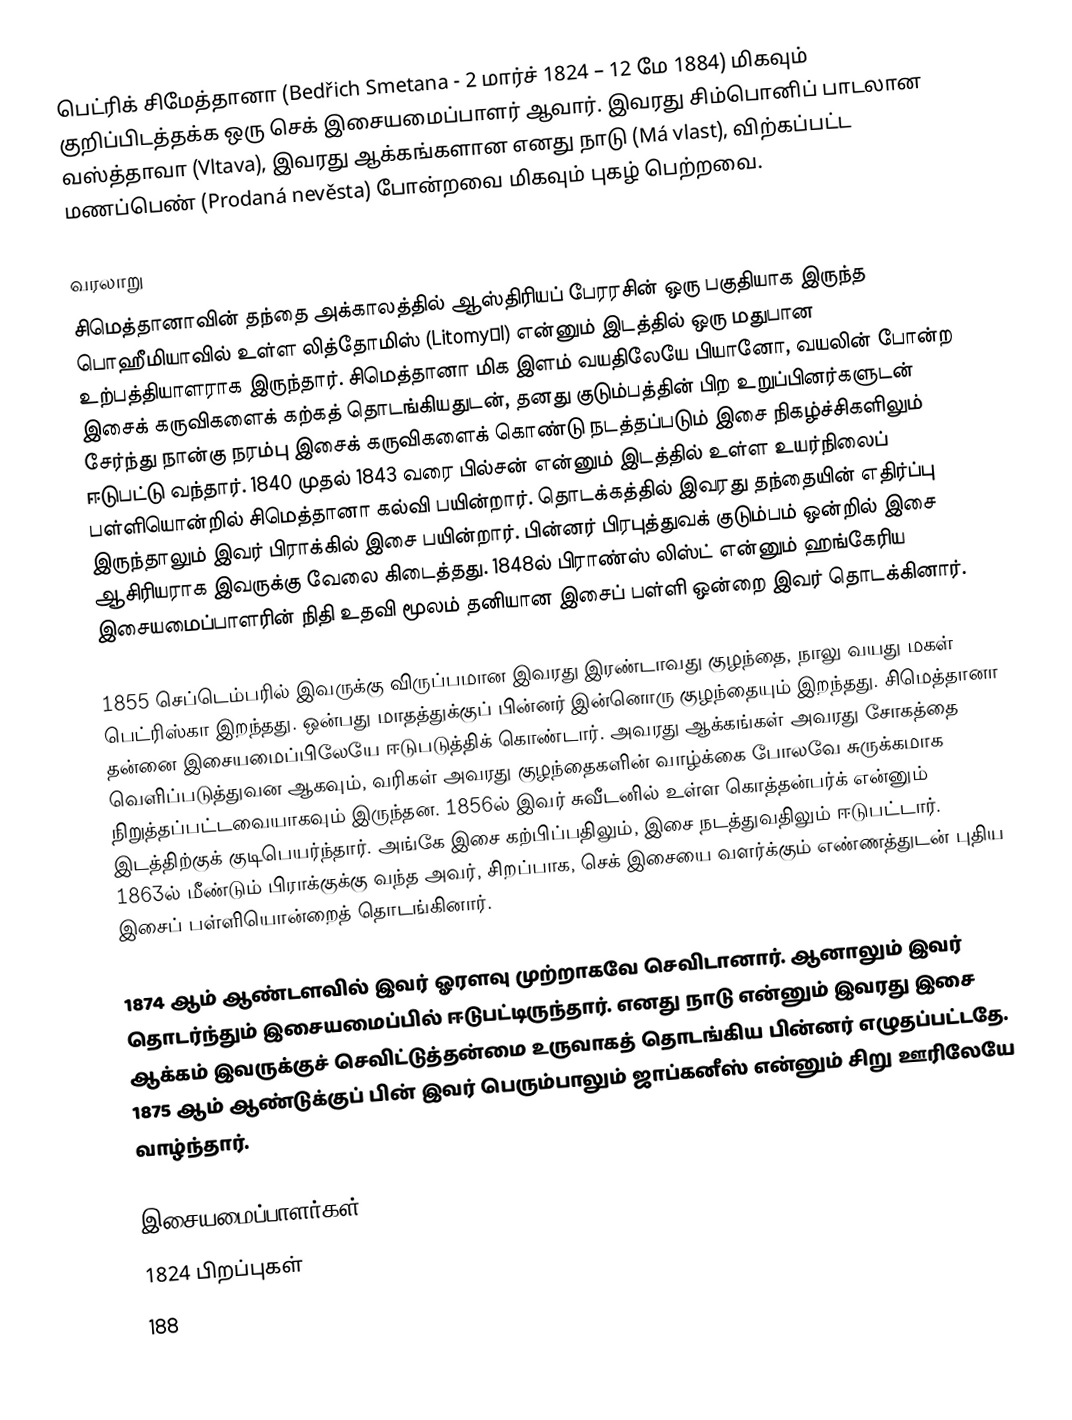
பெட்ரிக் சிமேத்தானா (Bedřich Smetana - 2 மார்ச் 1824 – 12 மே 1884) மிகவும் குறிப்பிடத்தக்க ஒரு செக் இசையமைப்பாளர் ஆவார். இவரது சிம்பொனிப் பாடலான வஸ்த்தாவா (Vltava), இவரது ஆக்கங்களான எனது நாடு (Má vlast), விற்கப்பட்ட மணப்பெண் (Prodaná nevěsta) போன்றவை மிகவும் புகழ் பெற்றவை.

வரலாறு
சிமெத்தானாவின் தந்தை அக்காலத்தில் ஆஸ்திரியப் பேரரசின் ஒரு பகுதியாக இருந்த பொஹீமியாவில் உள்ள லித்தோமிஸ் (Litomyšl) என்னும் இடத்தில் ஒரு மதுபான உற்பத்தியாளராக இருந்தார். சிமெத்தானா மிக இளம் வயதிலேயே பியானோ, வயலின் போன்ற இசைக் கருவிகளைக் கற்கத் தொடங்கியதுடன், தனது குடும்பத்தின் பிற உறுப்பினர்களுடன் சேர்ந்து நான்கு நரம்பு இசைக் கருவிகளைக் கொண்டு நடத்தப்படும் இசை நிகழ்ச்சிகளிலும் ஈடுபட்டு வந்தார். 1840 முதல் 1843 வரை பில்சன் என்னும் இடத்தில் உள்ள உயர்நிலைப் பள்ளியொன்றில் சிமெத்தானா கல்வி பயின்றார். தொடக்கத்தில் இவரது தந்தையின் எதிர்ப்பு இருந்தாலும் இவர் பிராக்கில் இசை பயின்றார். பின்னர் பிரபுத்துவக் குடும்பம் ஒன்றில் இசை ஆசிரியராக இவருக்கு வேலை கிடைத்தது. 1848ல் பிராண்ஸ் லிஸ்ட் என்னும் ஹங்கேரிய இசையமைப்பாளரின் நிதி உதவி மூலம் தனியான இசைப் பள்ளி ஒன்றை இவர் தொடக்கினார்.

1855 செப்டெம்பரில் இவருக்கு விருப்பமான இவரது இரண்டாவது குழந்தை, நாலு வயது மகள் பெட்ரிஸ்கா இறந்தது. ஒன்பது மாதத்துக்குப் பின்னர் இன்னொரு குழந்தையும் இறந்தது. சிமெத்தானா தன்னை இசையமைப்பிலேயே ஈடுபடுத்திக் கொண்டார். அவரது ஆக்கங்கள் அவரது சோகத்தை வெளிப்படுத்துவன ஆகவும், வரிகள் அவரது குழந்தைகளின் வாழ்க்கை போலவே சுருக்கமாக நிறுத்தப்பட்டவையாகவும் இருந்தன. 1856ல் இவர் சுவீடனில் உள்ள கொத்தன்பர்க் என்னும் இடத்திற்குக் குடிபெயர்ந்தார். அங்கே இசை கற்பிப்பதிலும், இசை நடத்துவதிலும் ஈடுபட்டார். 1863ல் மீண்டும் பிராக்குக்கு வந்த அவர், சிறப்பாக, செக் இசையை வளர்க்கும் எண்ணத்துடன் புதிய இசைப் பள்ளியொன்றைத் தொடங்கினார்.

1874 ஆம் ஆண்டளவில் இவர் ஓரளவு முற்றாகவே செவிடானார். ஆனாலும் இவர் தொடர்ந்தும் இசையமைப்பில் ஈடுபட்டிருந்தார். எனது நாடு என்னும் இவரது இசை ஆக்கம் இவருக்குச் செவிட்டுத்தன்மை உருவாகத் தொடங்கிய பின்னர் எழுதப்பட்டதே. 1875 ஆம் ஆண்டுக்குப் பின் இவர் பெரும்பாலும் ஜாப்கனீஸ் என்னும் சிறு ஊரிலேயே வாழ்ந்தார்.

இசையமைப்பாளர்கள்
1824 பிறப்புகள்
188